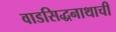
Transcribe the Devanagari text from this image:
वाडसिद्धनाथाची